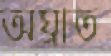
অঘ্রাত